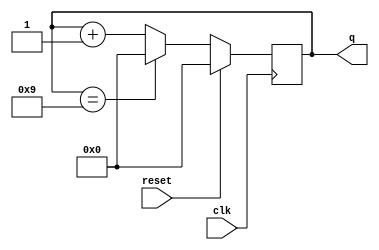
module top_module (
    input clk,
    input reset,        // Synchronous active-high reset
    output [3:0] q);
    always@(posedge clk) begin
        if(reset)
            q<=4'd0;
        else if(q==4'd9)
            q<=4'd0;
        else
            q<=q+4'd1;
    end               
endmodule
module top_module(
	input clk,
	input reset,
	output reg [3:0] q);
	
	always @(posedge clk)
		if (reset || q == 9)	// Count to 10 requires rolling over 9->0 instead of the more natural 15->0
			q <= 0;
		else
			q <= q+1;
	
endmodule